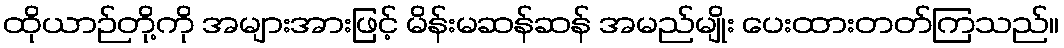
ထိုယာဉ်တို့ကို အများအားဖြင့် မိန်းမဆန်ဆန် အမည်မျိုး ပေးထားတတ်ကြသည်။